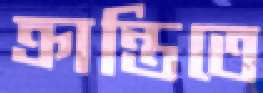
ক্রান্তিতে